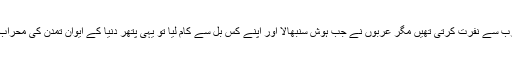
ایشیا اور یورپ کی قومیں عرب سے نفرت کرتی تھیں مگر عربوں نے جب ہوش سنبھالا اور اپنے کس بل سے کام لیا تو یہی پتھر دنیا کے ایوانِ تمدن کی محراب کی کلید بن گیا اور خدا قسم !